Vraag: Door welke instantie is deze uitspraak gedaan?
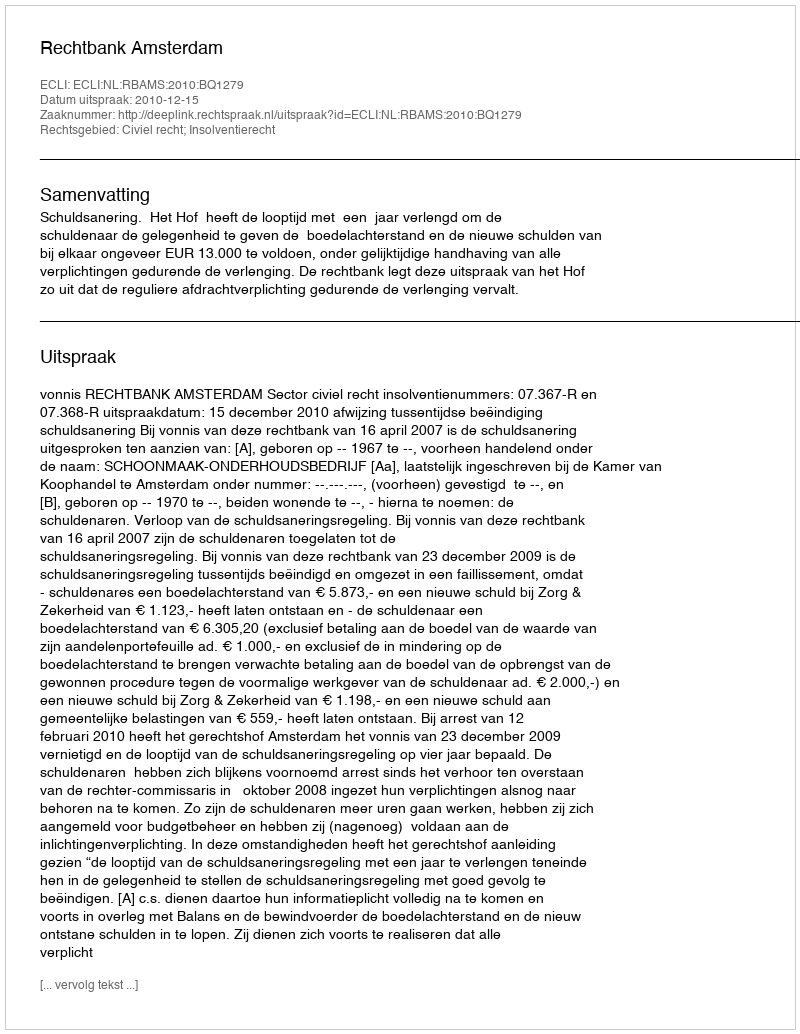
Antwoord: Rechtbank Amsterdam